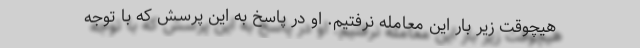
هیچوقت زیر بار این معامله نرفتیم. او در پاسخ به این پرسش که با توجه